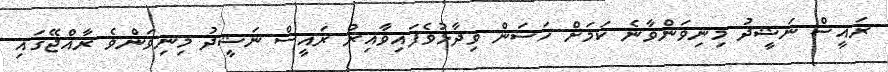
ރައީސް ނަޝީދު މިނިވަންވާނެ ކަމަށް ހަސަން ވިދާޅުވެފައިވާއިރު ރައީސް ނަޝީދު މިނިވަންވެ ރާއްޖޭގައި